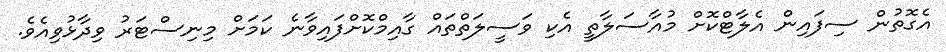
އެގޮތުން ސިފައިން އެލާޓްކޮށް މުއާސަލާތީ އެކި ވަސީލަތްތައް ގާއިމްކޮށްފައިވާނެ ކަމަށް މިނިސްޓަރު ވިދާޅުވިއެވެ.